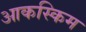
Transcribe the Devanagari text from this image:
आकस्किम